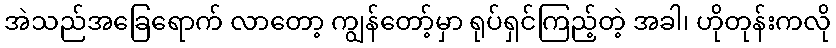
အဲသည်အခြေရောက် လာတော့ ကျွန်တော့်မှာ ရုပ်ရှင်ကြည့်တဲ့ အခါ၊ ဟိုတုန်းကလို